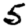
Digit: 5